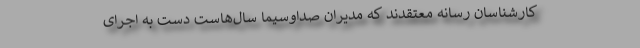
کارشناسان رسانه معتقدند که مدیران صداوسیما سال‌هاست دست به اجرای